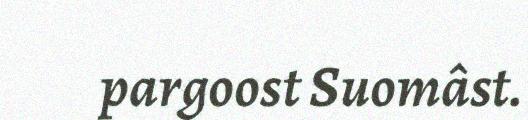
pargoost Suomâst.